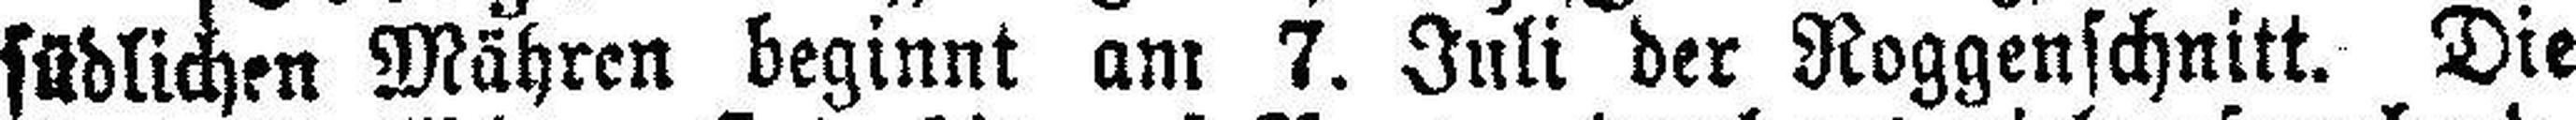
südlichen Mähren beginnt am 7. Juli der Roggenschnitt. Die